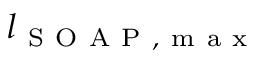
l _ { \mathrm { ~ S ~ O ~ A ~ P ~ , ~ m ~ a ~ x ~ } }